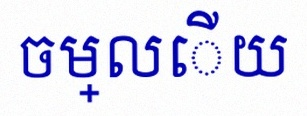
ចម្លើយ